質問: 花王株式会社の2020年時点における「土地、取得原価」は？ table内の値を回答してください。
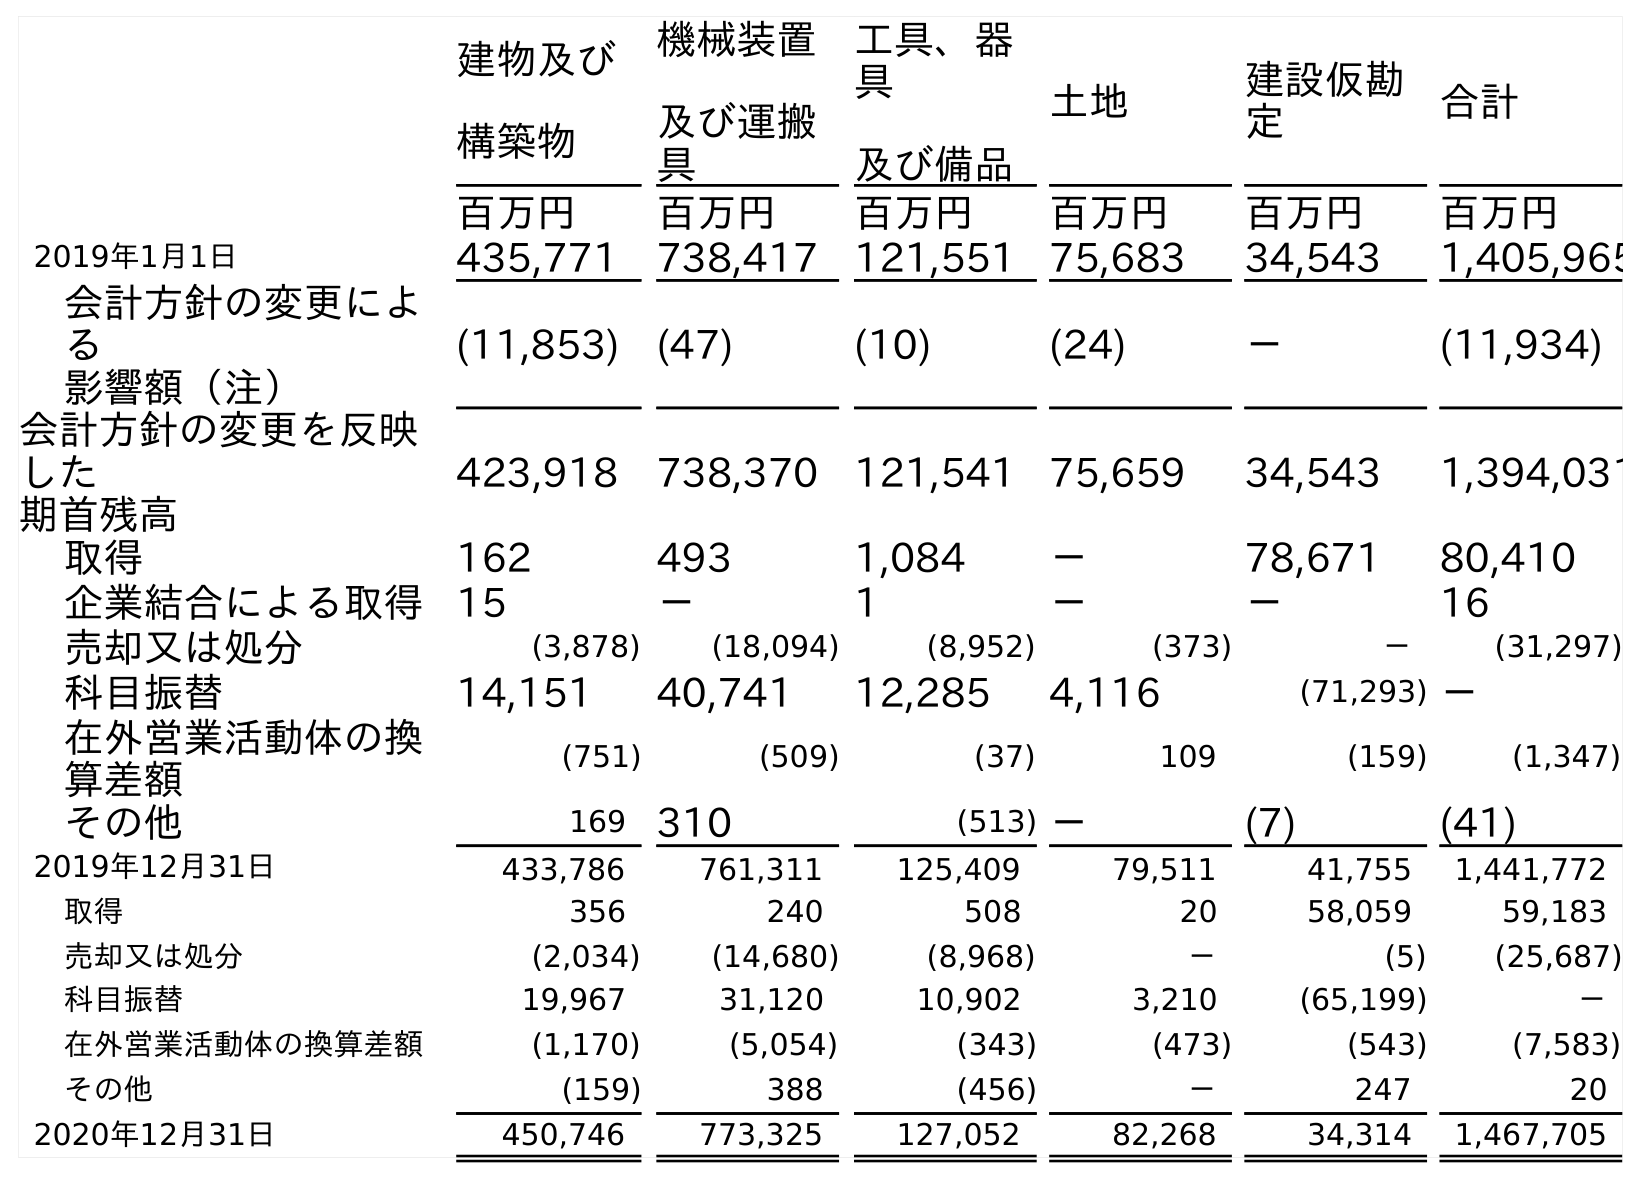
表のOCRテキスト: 建物及び 構築物 機械装置 及び運搬 具 工具、器 具 及び備品 土地 建設仮勘 定 合計 百万円 百万円 百万円 百万円 百万円 百万円 2019年1月1日 435,771 738,417 121,551 75,683 34,543 1,405,965 会計方針の変更によ る 影響額（注） (11,853) (47) (10) (24) － (11,934) 会計方針の変更を反映 した 期首残高 423,918 738,370 121,541 75,659 34,543 1,394,031 取得 162 493 1,084 － 78,671 80,410 企業結合による取得 15 － 1 － － 16 売却又は処分 (3,878) (18,094) (8,952) (373) － (31,297) 科目振替 14,151 40,741 12,285 4,116 (71,293) － 在外営業活動体の換 算差額 (751) (509) (37) 109 (159) (1,347) その他 169 310 (513) － (7) (41) 2019年12月31日 433,786 761,311 125,409 79,511 41,755 1,441,772 取得 356 240 508 20 58,059 59,183 売却又は処分 (2,034) (14,680) (8,968) － (5) (25,687) 科目振替 19,967 31,120 10,902 3,210 (65,199) － 在外営業活動体の換算差額 (1,170) (5,054) (343) (473) (543) (7,583) その他 (159) 388 (456) － 247 20 2020年12月31日 450,746 773,325 127,052 82,268 34,314 1,467,705
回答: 82,268